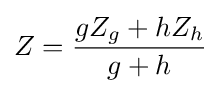
Z={\frac {gZ_{g}+hZ_{h}}{g+h}}